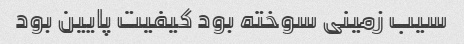
سیب زمینی سوخته بود کیفیت پایین بود